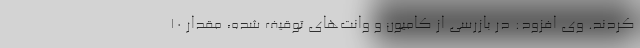
کردند. وی افزود: در بازرسی از کامیون و وانت‌های توقیف شده، مقدار 10